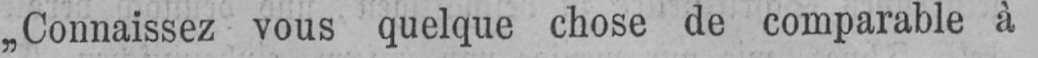
„Connaissez vous quelque chose de comparable à